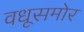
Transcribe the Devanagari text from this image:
वधूसमोर